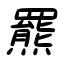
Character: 羆